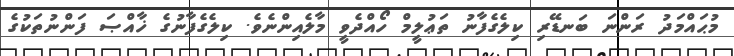
މުޙައްމަދު ރަންނަ ބަނޑޭރި ކިލެގެފާނު ތަޢުލީމް ހޯއްދެވީ މާލެއިންނެވެ. ކިލެގެފާނުގެ ޚާއްޞަ ފަންނުތަކުގެ